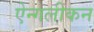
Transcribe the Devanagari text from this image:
ऐन्गलीकन